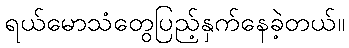
ရယ်မောသံတွေပြည့်နှက်နေခဲ့တယ်။